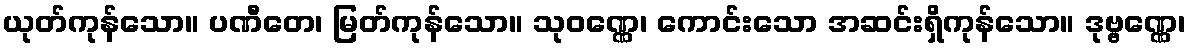
ယုတ်ကုန်သော။ ပဏီတေ၊ မြတ်ကုန်သော။ သုဝဏ္ဏေ၊ ကောင်းသော အဆင်းရှိကုန်သော။ ဒုဗ္ဗဏ္ဏေ၊